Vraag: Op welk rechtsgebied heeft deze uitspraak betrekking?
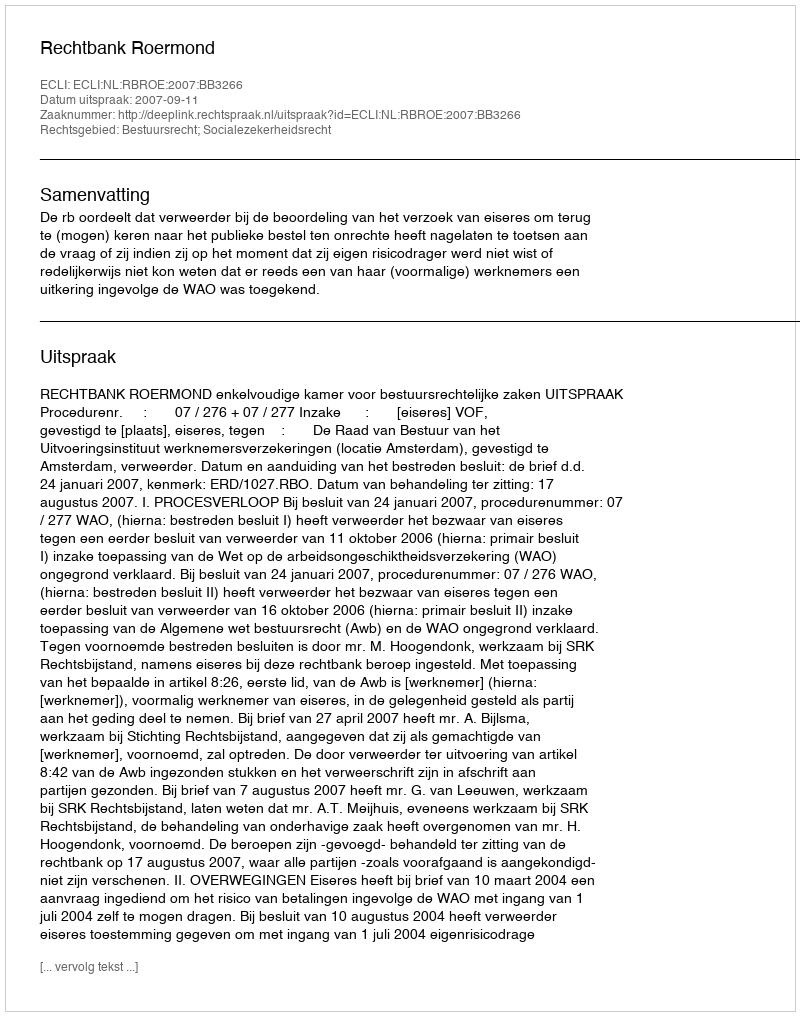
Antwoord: Bestuursrecht; Socialezekerheidsrecht